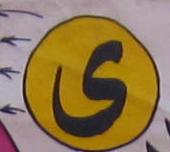
ى